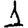
Digit: 1